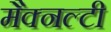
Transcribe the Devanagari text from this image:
मैक्नल्टी